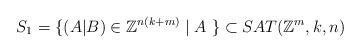
\begin{align*} S_{1} = \{ (A|B) \in \mathbb{Z}^{n(k+m)} \mid A \ \} \subset SAT(\mathbb{Z}^m, k, n)\end{align*}